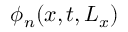
\phi _ { n } ( x , t , L _ { x } )